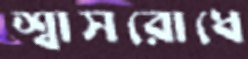
শ্বাসরোধে